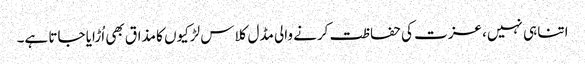
اتنا ہی نہیں، عزت کی حفاظت کرنے والی مڈل کلاس لڑکیوں کا مذاق بھی اُڑایا جاتا ہے۔